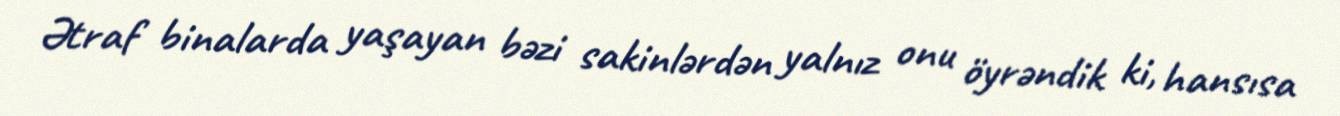
Ətraf binalarda yaşayan bəzi sakinlərdən yalnız onu öyrəndik ki, hansısa